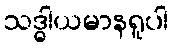
သဒ္ဓါယမာနရူပါ